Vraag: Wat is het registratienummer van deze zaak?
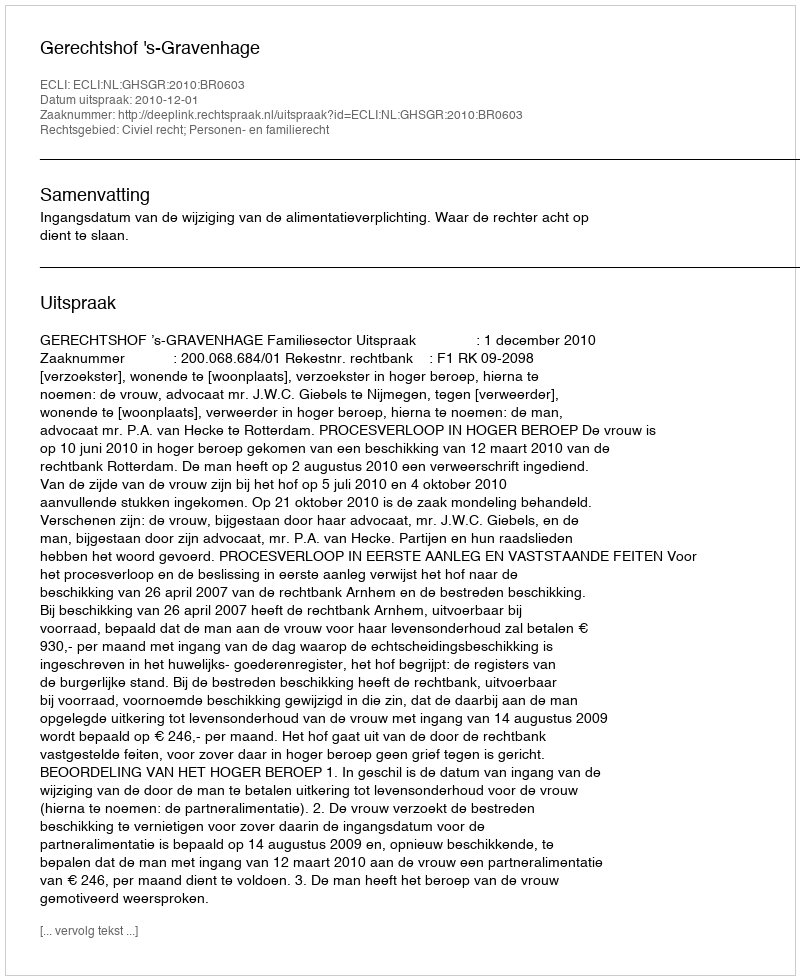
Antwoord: http://deeplink.rechtspraak.nl/uitspraak?id=ECLI:NL:GHSGR:2010:BR0603